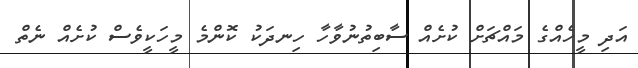
އަދި މީހެއްގެ މައްޗަށް ކުށެއް ސާބިތުނުވާހާ ހިނދަކު ކޮންމެ މީހަކީވެސް ކުށެއް ނެތް